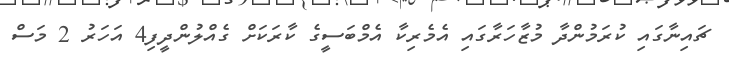
ޗައިނާގައި ކުރަމުންދާ މުޒާހަރާގައި އެމެރިކާ އެމްބަސީގެ ކާރަކަށް ގެއްލުންދީފި4 އަހަރު 2 މަސް